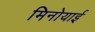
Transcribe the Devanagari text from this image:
मिनोयाई